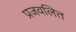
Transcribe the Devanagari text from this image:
प्रजवलित